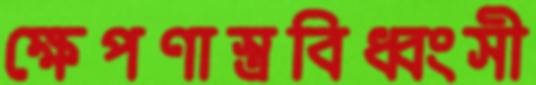
ক্ষেপণাস্ত্রবিধ্বংসী